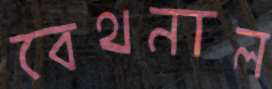
বেথনাল